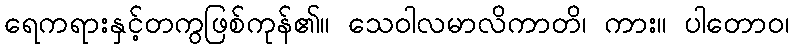
ရေကရားနှင့်တကွဖြစ်ကုန်၏။ သေဝါလမာလိကာတိ၊ ကား။ ပါတောဝ၊